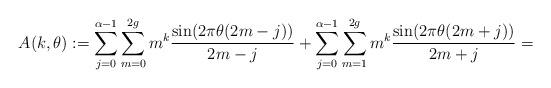
LaTeX: \begin{align*} A(k,\theta) := \sum_{j=0}^{\alpha-1} \sum_{m=0}^{2g} m^k \frac{ \sin (2 \pi \theta(2m-j))}{2m-j}+\sum_{j=0}^{\alpha-1} \sum_{m=1}^{2g} m^k \frac{ \sin (2 \pi \theta(2m+j))}{2m+j} = \end{align*}